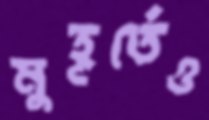
মুহূর্তেও